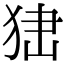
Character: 𤞍